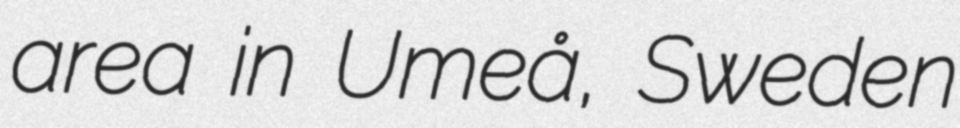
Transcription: area in Umeå, Sweden